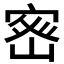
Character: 𭔀